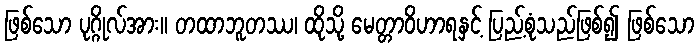
ဖြစ်သော ပုဂ္ဂိုလ်အား။ တထာဘူတဿ၊ ထိုသို့ မေတ္တာဝိဟာရနှင့် ပြည့်စုံသည်ဖြစ်၍ ဖြစ်သော